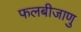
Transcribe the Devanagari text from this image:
फलबीजाणु